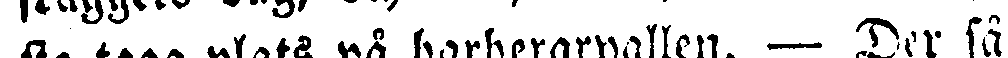
sie taga plats på barberarpallen. — Der så